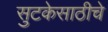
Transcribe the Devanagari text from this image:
सुटकेसाठीचे